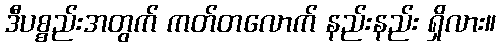
ဒီပစ္စည်းအတွက် ကတ်တလောက် နည်းနည်း ရှိလား။